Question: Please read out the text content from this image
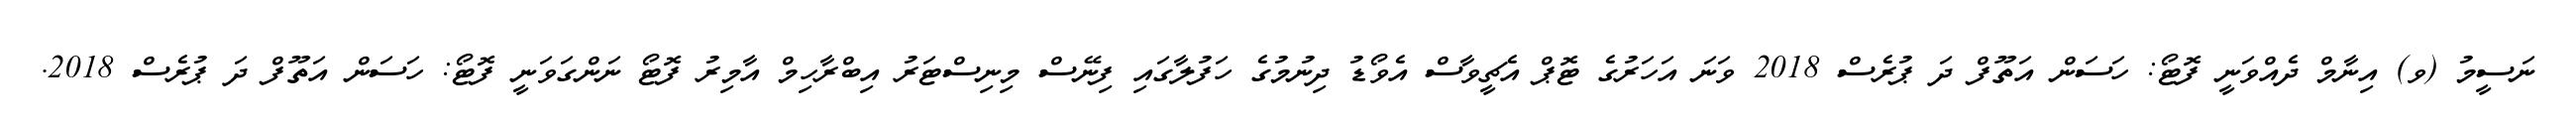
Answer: ނަސީމު (ވ) އިނާމް ދެއްވަނީ ފޮޓޯ: ހަސަން އަތޫފް ދަ ޕުރެސް 2018 ވަނަ އަހަރުގެ ޓޮޕް އެޗީވާސް އެވޯޑު ދިނުމުގެ ހަފުލާގައި ފިނޭސް މިނިސްޓަރު އިބްރާހިމް އާމިރު ފޮޓޯ ނަންގަވަނީ ފޮޓޯ: ހަސަން އަތޫފް ދަ ޕުރެސް 2018.